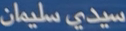
سيدي-سليمان